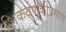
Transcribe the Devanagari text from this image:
शिकवणूकीप्रमाणे